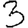
Digit: 3